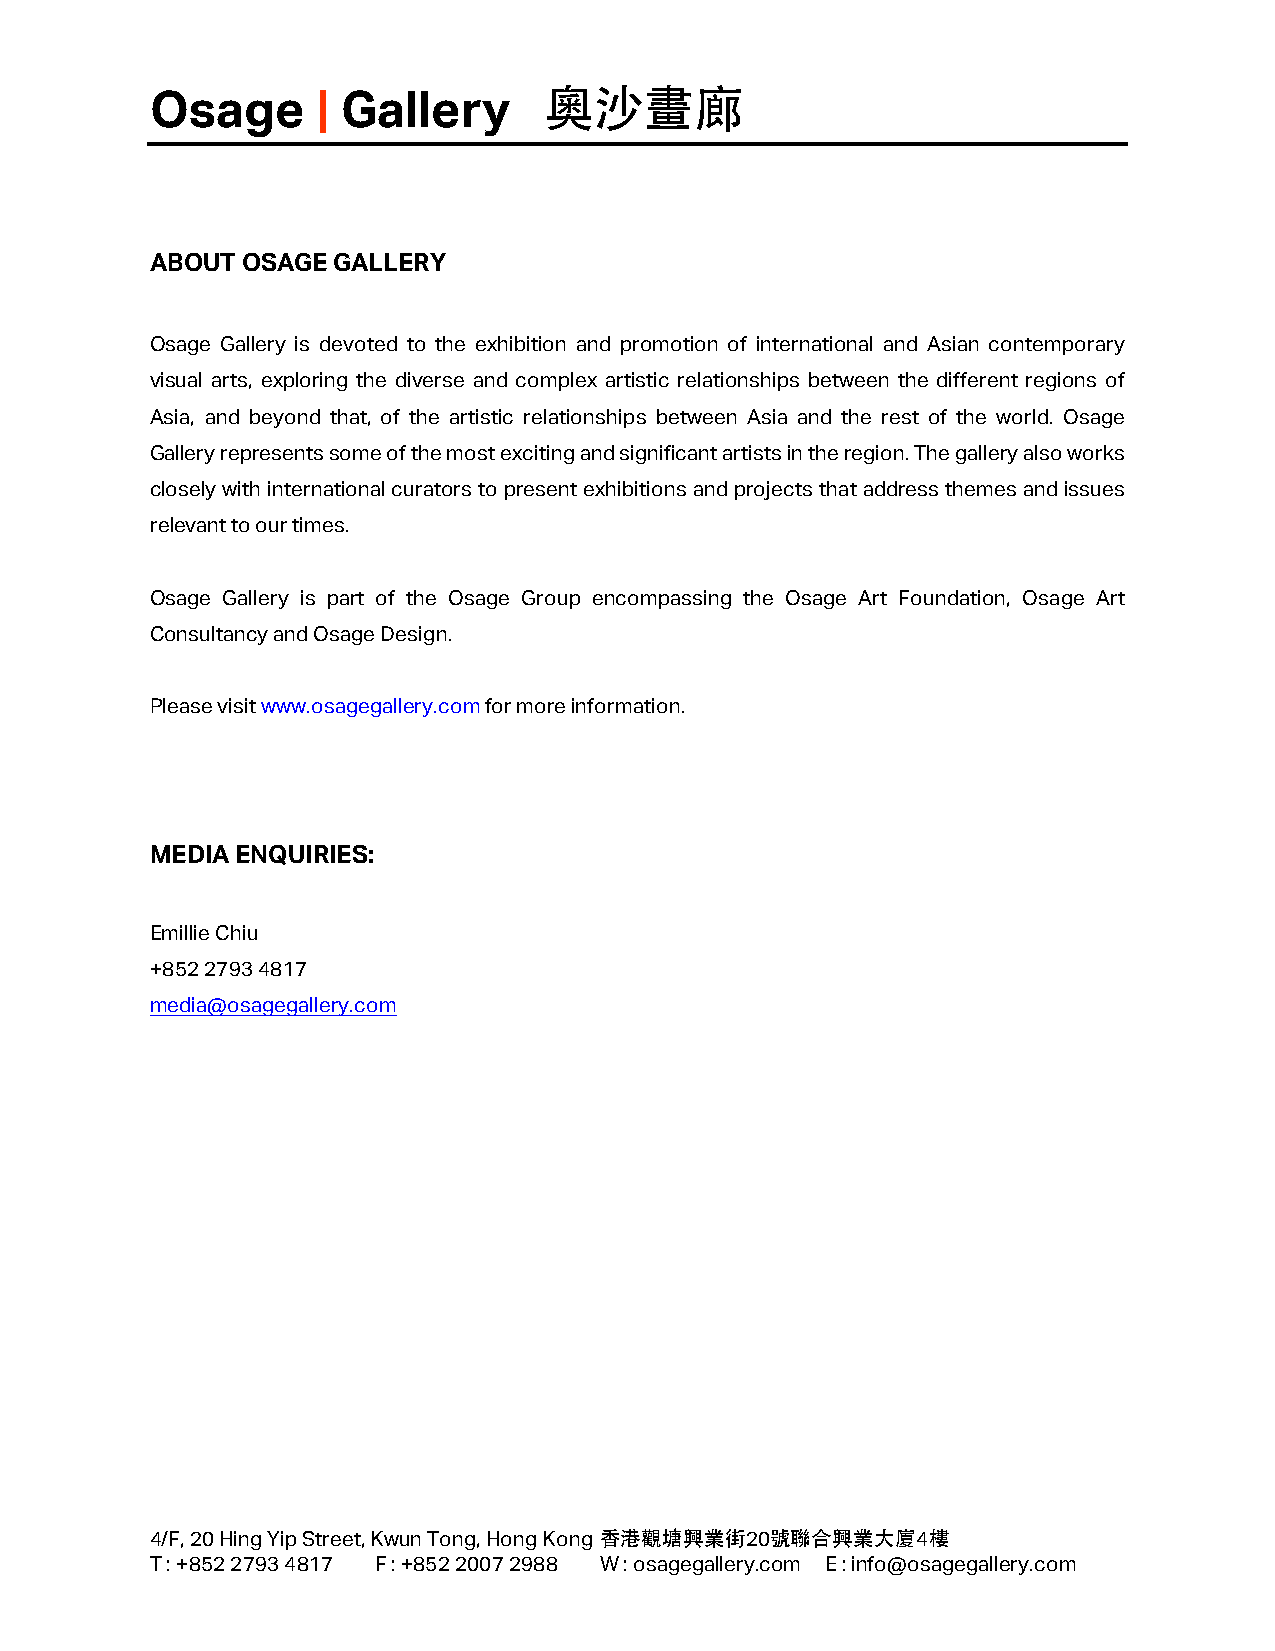
Osage      | Gallery      奧沙畫廊
 ABOUT OSAGE GALLERY
 Osage Gallery is devoted to the exhibition and promotion of international and Asian contemporary
 visual arts, exploring the diverse and complex artistic relationships between the different regions of
 Asia, and beyond that, of the artistic relationships between Asia and the rest of the world. Osage
 Gallery represents some of the most exciting and significant artists in the region. The gallery also works
 closely with international curators to present exhibitions and projects that address themes and issues
 relevant to our times.
 Osage Gallery is part of the Osage Group encompassing the Osage Art Foundation, Osage Art
 Consultancy and Osage Design.
 Please visit www.osagegallery.com for more information.
 MEDIA ENQUIRIES:
 Emillie Chiu
 +852 2793 4817
 media@osagegallery.com
 4/F, 20 Hing Yip Street, Kwun Tong, Hong Kong 香港觀塘興業街20號聯合興業大廈4樓
 T : +852 2793 4817 F : +852 2007 2988 W : osagegallery.com E : info@osagegallery.com